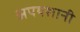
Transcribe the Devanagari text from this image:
अपयशानी